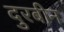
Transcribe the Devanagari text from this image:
दुरबीन